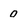
Character: 0